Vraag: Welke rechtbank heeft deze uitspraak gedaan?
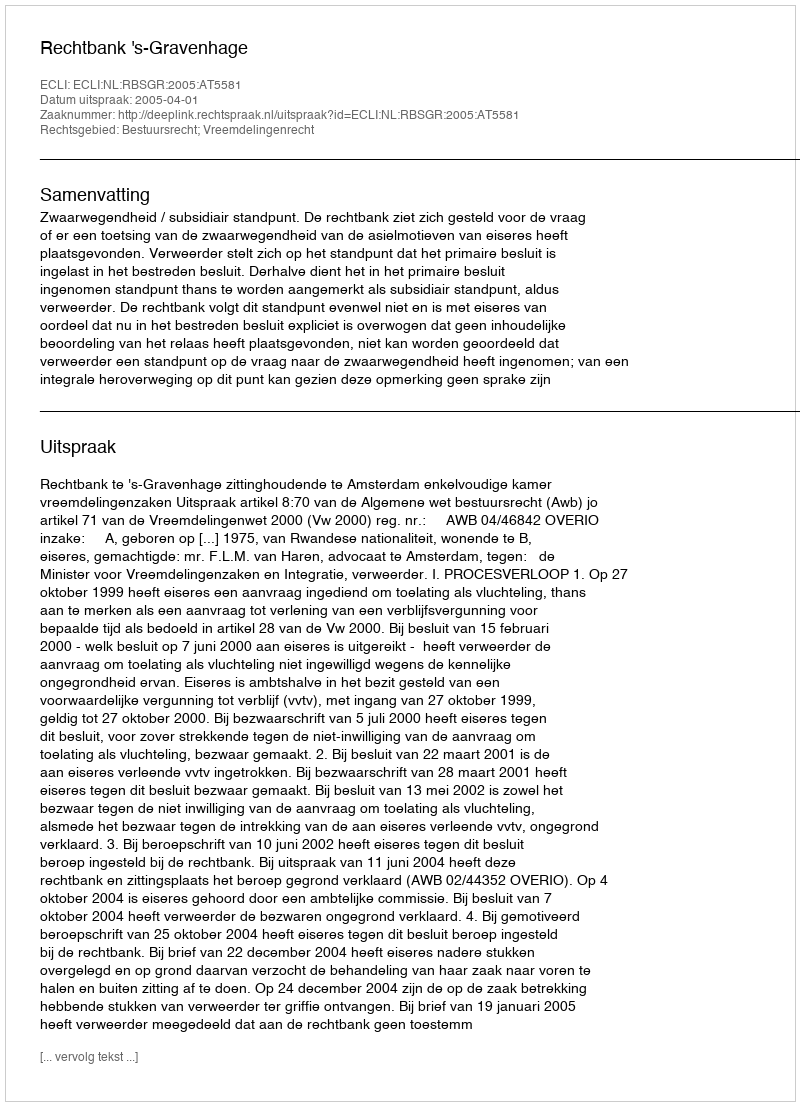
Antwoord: Rechtbank 's-Gravenhage